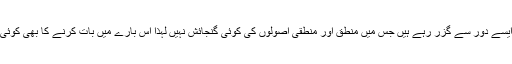
چونکہ آج ہم ایک ایسے دور سے گزر رہے ہیں جس میں منطق اور منطقی اصولوں کی کوئی گنجائش نہیں لہذا اس بارے میں بات کرنے کا بھی کوئی فائدہ نظر نہیں آتا۔